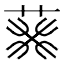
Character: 𦮙